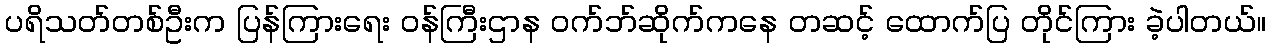
ပရိသတ်တစ်ဦးက ပြန်ကြားရေး ဝန်ကြီးဌာန ဝက်ဘ်ဆိုက်ကနေ တဆင့် ထောက်ပြ တိုင်ကြား ခဲ့ပါတယ်။